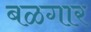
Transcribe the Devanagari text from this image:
बळगार